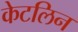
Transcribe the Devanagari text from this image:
केटलिन